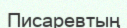
Писаревтың